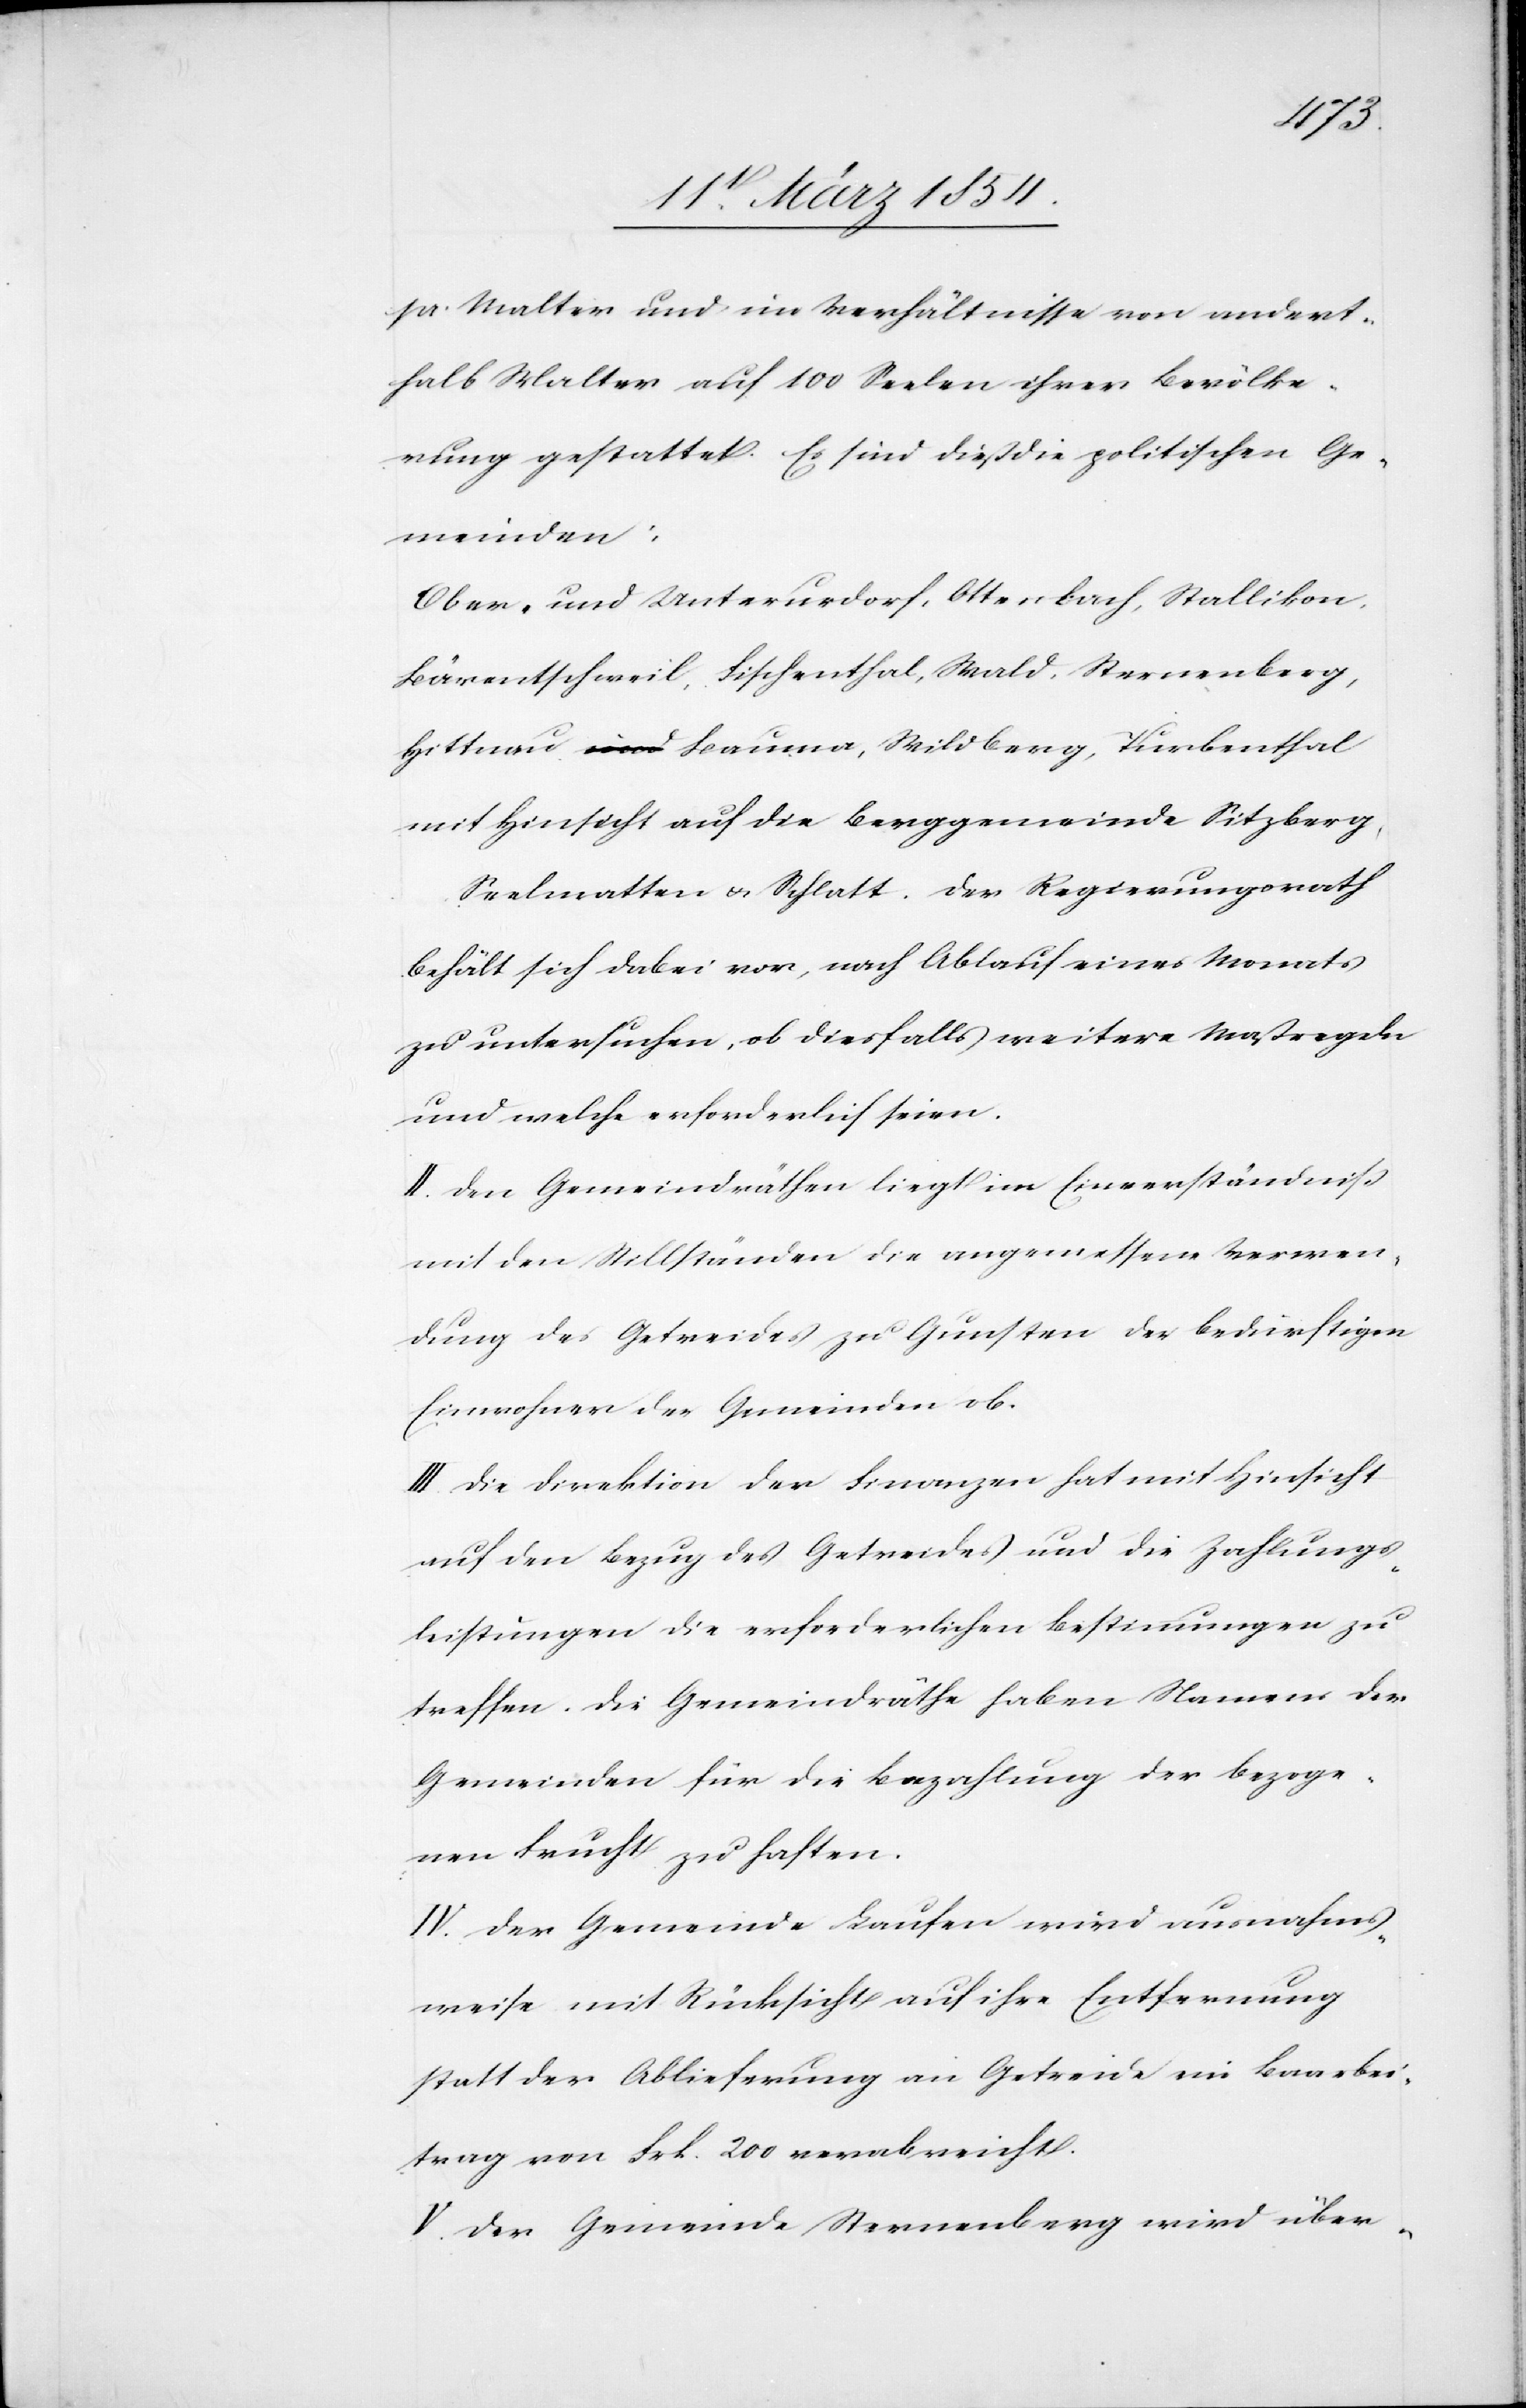
pr. Malter und im Verhältnisse von andert¬
halb Malter auf 100 Seelen ihrer Bevölke¬
rung gestattet. Es sind dieß die politischen Ge¬
meinden:
Ober- und Unterurdorf, Ottenbach, Stallikon,
Bärentschweil, Fischenthal, Wald, Sternenberg,
Hittnau[,] Bauma, Wildberg, Turbenthal
mit Hinsicht auf die Berggemeinde Sitzberg,
Seelmatten u. Schlatt. Der Regierungsrath
behält sich dabei vor, nach Ablauf eines Monates
zu untersuchen, ob diesfalls weitere Maßregeln
und welche erforderlich seien.
II. Den Gemeindräthen liegt im Einverständniß
mit den Stillständen die angemessene Verwen¬
dung des Getreides zu Gunsten der bedürftigen
Einwohner der Gemeinde ob.
III. Die Direktion der Finanzen hat mit Hinsicht
auf den Bezug des Getreides und die Zahlungs¬
leistungen die erforderlichen Bestimmungen zu
treffen. Die Gemeindräthe haben Namens der
Gemeinden für die Bezahlung der bezoge¬
nen Frucht zu haften.
IV. Der Gemeinde Laufen wird ausnahms¬
weise mit Rücksicht auf ihre Entfernung
statt der Ablieferung an Getreide ein Baarbei¬
trag von Frk. 200 verabreicht.
V. Der Gemeinde Sternenberg wird über-